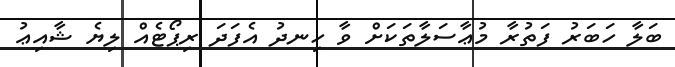
ބަލާ ހަބަރު ފަތުރާ މުޢާސަލާތަކަށް ވާ ހިނދު އެފަދަ ރިޕޯޓެއް ލިޔެ ޝާއިޢު